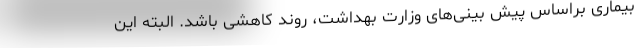
بیماری براساس پیش بینی‌های وزارت بهداشت، روند کاهشی باشد. البته این